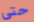
حتى